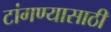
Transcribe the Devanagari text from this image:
टांगण्यासाठी